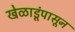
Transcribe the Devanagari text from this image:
खेळाडूंपासून